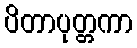
ပိတာပုတ္တကာ